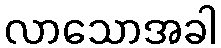
လာသောအခါ